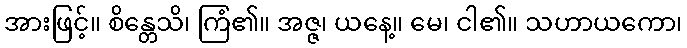
အားဖြင့်။ စိန္တေသိ၊ ကြံ၏။ အဇ္ဇ၊ ယနေ့။ မေ၊ ငါ၏။ သဟာယကော၊